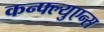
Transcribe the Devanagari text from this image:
कन्फ्ल्युएन्स